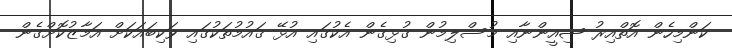
ކަަންމިހެން އޮތްއިރު ޝިއީންނާއި މުސްލިމުން ގުޅިގެން އެކުގައި އުޅޭ ޤައުމުތަކުގައި ވަކިބައަކަށް އަމާޒުކޮށްގެން